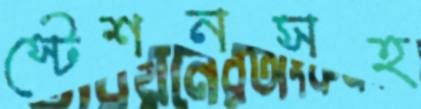
স্টেশনসহ